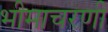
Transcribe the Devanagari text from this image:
भीमाचरणी